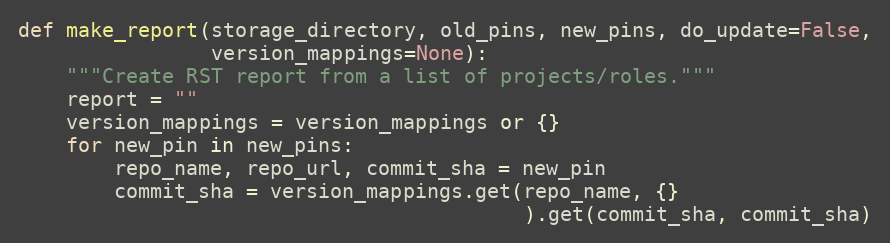
Language: Python
def make_report(storage_directory, old_pins, new_pins, do_update=False,
                version_mappings=None):
    """Create RST report from a list of projects/roles."""
    report = ""
    version_mappings = version_mappings or {}
    for new_pin in new_pins:
        repo_name, repo_url, commit_sha = new_pin
        commit_sha = version_mappings.get(repo_name, {}
                                          ).get(commit_sha, commit_sha)